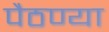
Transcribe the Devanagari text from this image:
पैठण्या